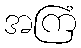
အကြံ